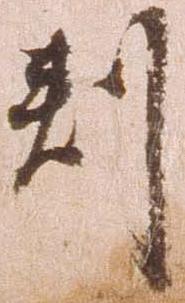
判